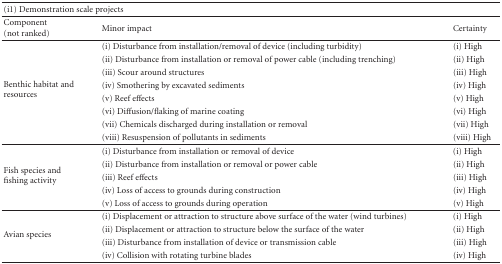
<table><thead><tr><td colspan="2"><b>(i1) Demonstration scale projects</b></td><td><b> </b></td></tr></thead><tbody><tr><td>Component (not ranked)</td><td>Minor impact</td><td>Certainty</td></tr><tr><td rowspan="8">Benthic habitat and resources</td><td>(i) Disturbance from installation/removal of device (including turbidity)</td><td>(i) High</td></tr><tr><td>(ii) Disturbance from installation or removal of power cable (including trenching)</td><td>(ii) High</td></tr><tr><td>(iii) Scour around structures</td><td>(iii) High</td></tr><tr><td>(iv) Smothering by excavated sediments</td><td>(iv) High</td></tr><tr><td>(v) Reef effects</td><td>(v) High</td></tr><tr><td>(vi) Diffusion/flaking of marine coating</td><td>(vi) High</td></tr><tr><td>(vii) Chemicals discharged during installation or removal</td><td>(vii) High</td></tr><tr><td>(viii) Resuspension of pollutants in sediments</td><td>(viii) High</td></tr><tr><td rowspan="5">Fish species andfishing activity</td><td>(i) Disturbance from installation or removal of device</td><td>(i) High</td></tr><tr><td>(ii) Disturbance from installation or removal or power cable</td><td>(ii) High</td></tr><tr><td>(iii) Reef effects</td><td>(iii) High</td></tr><tr><td>(iv) Loss of access to grounds during construction</td><td>(iv) High</td></tr><tr><td>(v) Loss of access to grounds during operation</td><td>(v) High</td></tr><tr><td rowspan="4">Avian species</td><td>(i) Displacement or attraction to structure above surface of the water (wind turbines)</td><td>(i) High</td></tr><tr><td>(ii) Displacement or attraction to structure below the surface of the water</td><td>(ii) High</td></tr><tr><td>(iii) Disturbance from installation of device or transmission cable</td><td>(iii) High</td></tr><tr><td>(iv) Collision with rotating turbine blades</td><td>(iv) High</td></tr></tbody></table>